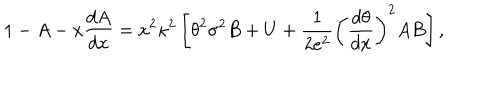
LaTeX: 1 - A - x \frac { d A } { d x } = x ^ { 2 } { \kappa } ^ { 2 } \left[ { \theta } ^ { 2 } { \sigma } ^ { 2 } B + U + \frac { 1 } { 2 e ^ { 2 } } { \left( \frac { d \theta } { d x } \right) } ^ { 2 } A B \right] ,